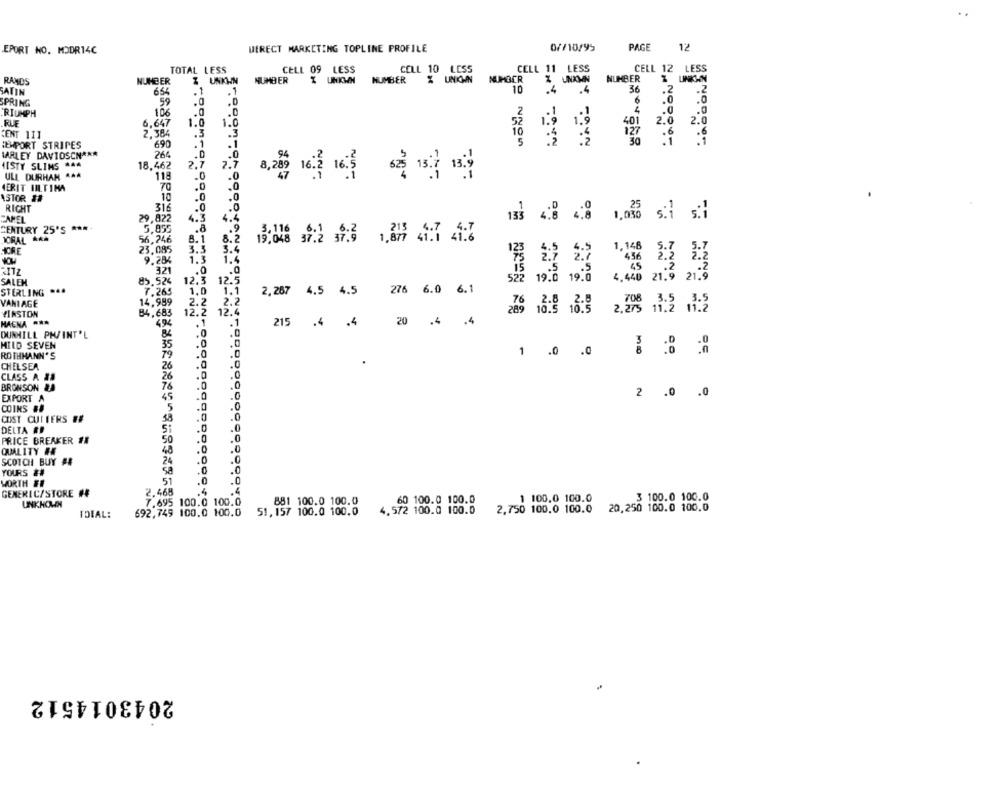
DIRECT MARKETING TOPLINE PROFILE
07/10/95
PAGE
12
EPORT NO. MODR14C
TOTAL LESS
CELL 09 LESS
CELL 10 LESS
CELL 11 LESS
CELL 12 LESS
NUMBER
NUMBER
NUMBER
% UNICHN
NUMBER
Z UNXMN
NUMBER
RANDS
Z UNKAN
36
SATIN
654
.1
.1
10
.4
.4
.2
.2
SPRING
59
6
106
.0
2
.. 1
TRIUMPH
52
1.9
401
2.0
2.0
RUE
6.647
1.0
1.0
CENT 111
2,384
.3
10
5
30
NODOVE
EMPORT STRIPES
690
.1
HARLEY DAVIDSON ***
264
.D
NISTY SLIMS #44
18.462
2.7
2.7
ULL DURHAM ***
115
.0
IERIT IIL.TINA
70
.0
ASTOR ##
10
.0
.0
RICHT
316
CAMEL
29,822
4.3
4.4
CENTURY 25'S ***
5,855
.8
IORAL ***
56,246
8.1
NO
8.2
23,085
3.5
3.4
1, 148
9.284
1.3
1.4
321
.0
.. 0
522 19:0
133333
19. 0
4.440 21:3
SALEM
85.524
12.3
12.5
STERLING ...
7.265
1.0
1.1
2,267 4.5 4.5 276 6.0 6.1
14,989
2.2
2.2
VANIAGE
WINSTON
84,683
12.2
12.4
289 10.5 16:9
HAENA ***
494
. 1
-1
215 .4 .4
20 .4
.4
.0
DUNHILL PHVINT'L
MILD SEVEN
35
.0
3
.0
ROTHMANN'S
79
.0
1
.0
.0
00
26
.0
.0
CHELSEA
CLASS A #8
26
.0
.0
BRONSON &A
76
.0
.0
.0
2 .0 .0
EXPORT A
45
.0
COINS ##
5
.0
.0
CUST CUTTERS ##
58
.0
.0
.0
.0
DELTA #
51
PRICE BREAKER ##
50
.0
.0
QUALITY #Æ
48
.0
.0
.0
SCOTCH BUY #4
24
YOURS ##
sa
.0
.0
WORTH FE
51
.0
.0
GENERIC/STORE #
2.468
.4
60 100.0 100.0
3 100.0 100.0
UNKNOWN
7.695 100.0 100.0
881 100.0 100.0
1 100.0 100.0
IDEAL:
692,749 100.0 100.0
51,157 100.0 100.0
4.572 100.0 100.0
2,750 100.0 100.0
20,250 100.0 100.0
2043014512